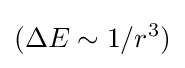
(\Delta E\sim 1/r^{3})